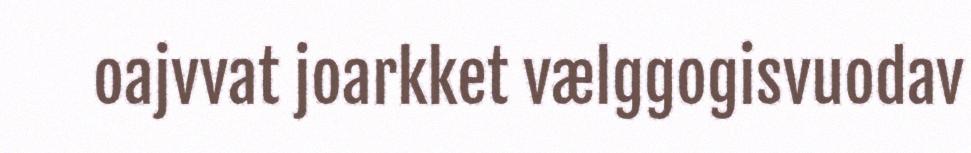
oajvvat joarkket vælggogisvuodav